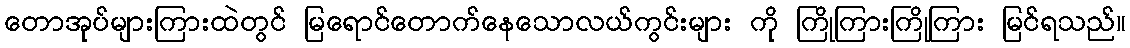
တောအုပ်များကြားထဲတွင် မြရောင်တောက်နေသောလယ်ကွင်းများ ကို ကြိုကြားကြိုကြား မြင်ရသည်။